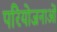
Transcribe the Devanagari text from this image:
परिेयोजनाओं